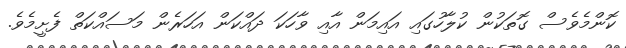
ކޮންމެވެސް ގޮތަކުން ކުލާހުގައި އައިމަން އާއި ވާހަކަ ދައްކަން އަހަރެން މަސައްކަތް ފެށީމެވެ.